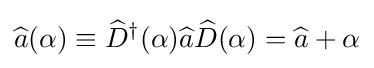
{\widehat {a}}(\alpha )\equiv {\widehat {D}}^{\dagger }(\alpha ){\widehat {a}}{\widehat {D}}(\alpha )={\widehat {a}}+\alpha